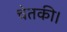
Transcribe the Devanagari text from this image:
चेतकी।